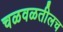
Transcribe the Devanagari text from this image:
चळवळतीलच